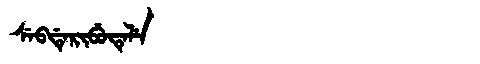
Manchu: ᠰᡝᠪᡩᡝᡵᡳᠪᡠᡨᡝᠯᡝ
Romanization: SEBDERIBUTELE